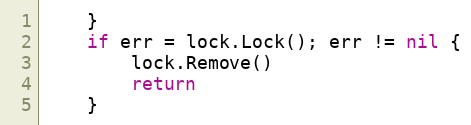
Language: Go
	}
	if err = lock.Lock(); err != nil {
		lock.Remove()
		return
	}